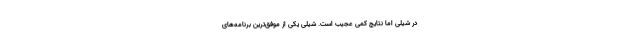
در شیلی اما نتایج کمی عجیب است. شیلی یکی از موفق‌ترین برنامه‌های